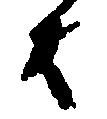
は